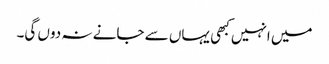
میں انہیں کبھی یہاں سے جانے نہ دوں گی۔